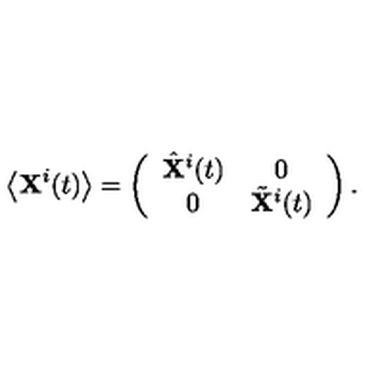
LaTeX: \left\langle { \bf X } ^ { i } ( t ) \right\rangle = \left( \begin{array} { c c } { \hat { \bf X } ^ { i } ( t ) } & { 0 } \\ { 0 } & { \tilde { \bf X } ^ { i } ( t ) } \\ \end{array} \right) .